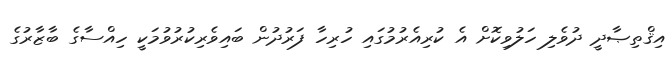
އިޤްތިޞާދީ ދުވެލި ހަލުވިކޮށް އެ ކުރިއެރުމުގައި ހުރިހާ ފަރުދުން ބައިވެރިކުރުވުމަކީ ހިއްސާގެ ބާޒާރުގެ